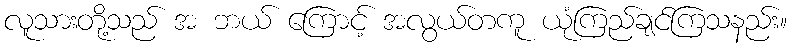
လူသားတို့သည် အ ဘယ် ကြောင့် အလွယ်တကူ ယုံကြည်ချင်ကြသနည်း။